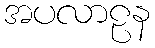
အပလာဠန